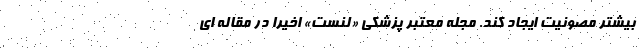
بیشتر مصونیت ایجاد کند. مجله معتبر پزشکی «لنست» اخیرا در مقاله ای